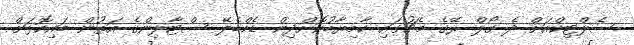
ސެލްޓިިކްއަށް ދެ ގޯލް ރޭގެ މެޗުގައި ކާމިޔާބުކޮށްދިން ޑެމްބެލޭ ސްޓާލިންގެ އަތުން ބައިކޮޅަށް